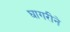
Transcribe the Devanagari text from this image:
घागरीने